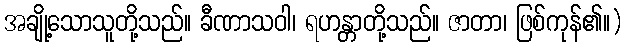
အချို့သောသူတို့သည်။ ခီဏာသဝါ၊ ရဟန္တာတို့သည်။ ဇာတာ၊ ဖြစ်ကုန်၏။)